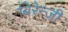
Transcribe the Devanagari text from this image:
बिरेन्जी